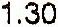
1.30